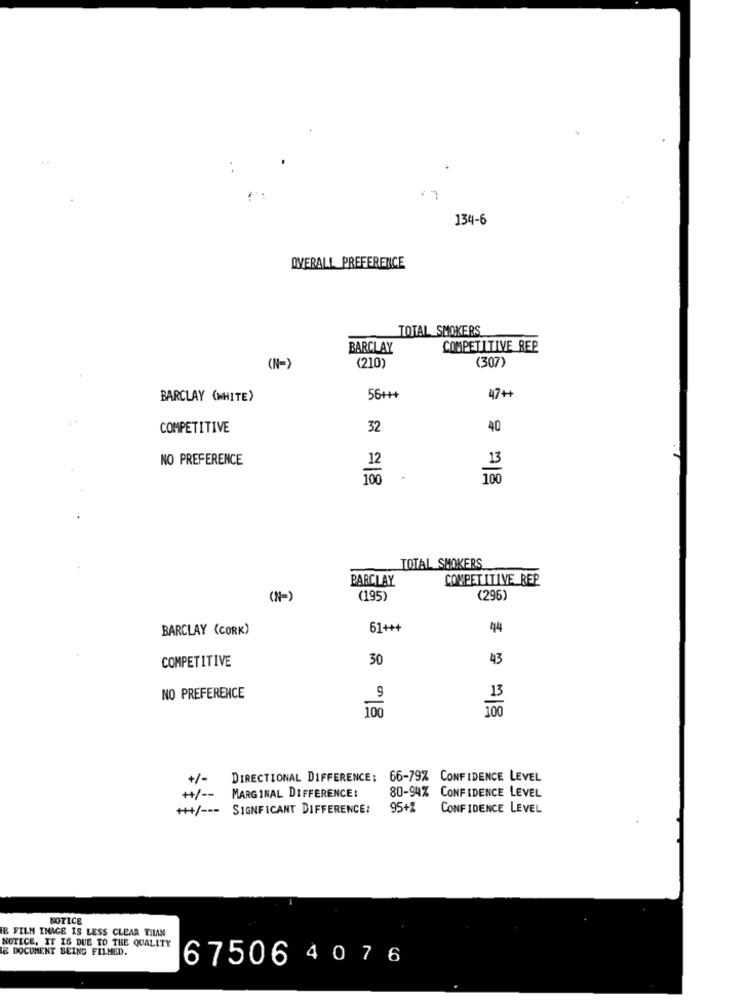
..
134-6
OVERALL PREFERENCE
TOTAL SMOKERS
BARCLAY
COMPETITIVE REP
(307)
(N=)
(210)
BARCLAY (WHITE)
56+++
47++
COMPETITIVE
32
40
NO PREFERENCE
12
100
100
TOTAL SMOKERS
PARCLAY
COMPETITIVE REP
(N=)
(195)
(296)
BARCLAY (CORK)
61+++
44
COMPETITIVE
30
43
NO PREFERENCE
9
13
100
100
+/-
DIRECTIONAL DIFFERENCE: 66-79% CONFIDENCE LEVEL
80-94% CONFIDENCE LEVEL
+/ --
MARGINAL DIFFERENCE:
+++/ --- SIGNFICANT DIFFERENCE:
95+Z
CONFIDENCE LEVEL
NOTICE
E FILM INAGE IS LESS CLEAR THIAN
NOTICE, IT IS DUE TO THE QUALITY
E DOCUMENT BEING FILMED.
67506 4 076